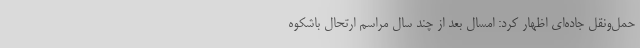
حمل‌ونقل جاده‌ای اظهار کرد: امسال بعد از چند سال مراسم ارتحال باشکوه